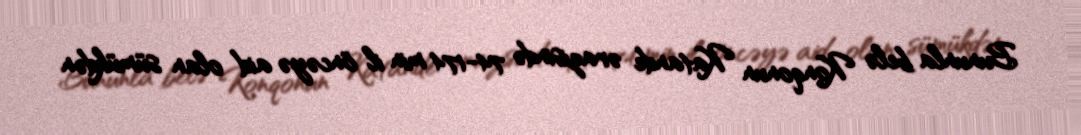
Bununla belə Konqonun Katande ərazisində 74-174 min il öncəyə aid olan sümükdən